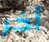
أخر